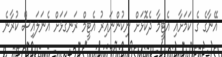
އޭނާގެ ގެ ކަމަށާއި އެޓީމާ ދެކޮޅަށް ނިކުންނައިރު އެޓީމް ރަނގަޅަށް އެނަލައިސް ކުރާނެ